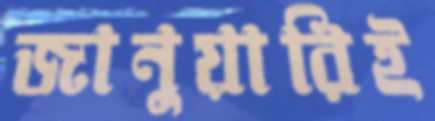
জানুয়ারিই